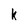
Character: k